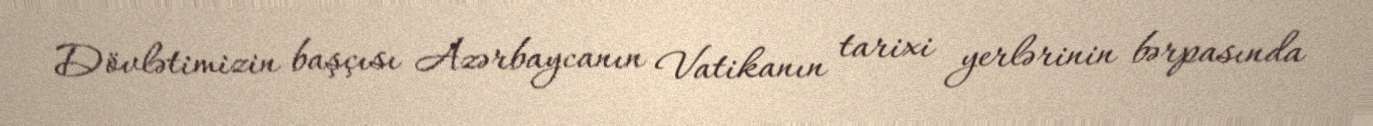
Dövlətimizin başçısı Azərbaycanın Vatikanın tarixi yerlərinin bərpasında